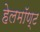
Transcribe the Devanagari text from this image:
हेलमॉण्ट